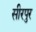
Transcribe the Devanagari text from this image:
सीरपुर